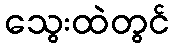
သွေးထဲတွင်